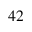
^ { 4 2 }